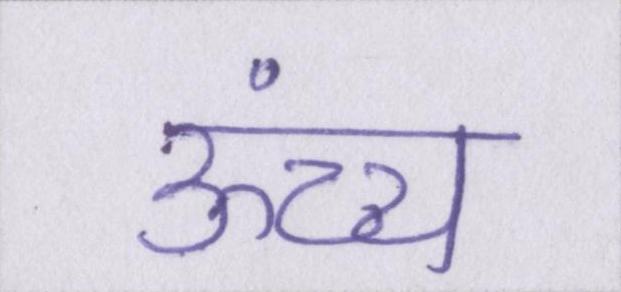
ऊंच्च